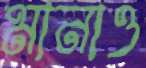
মানাও